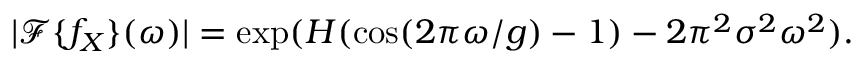
| \mathcal F \{ f _ { X } \} ( \omega ) | = \exp ( H ( \cos ( 2 \pi \omega / g ) - 1 ) - 2 \pi ^ { 2 } \sigma ^ { 2 } \omega ^ { 2 } ) .